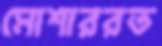
মোশাররত